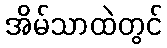
အိမ်သာထဲတွင်